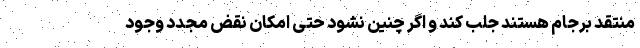
منتقد برجام هستند جلب کند و اگر چنین نشود حتی امکان نقض مجدد وجود